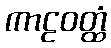
ကာဠဝတ္ထံ